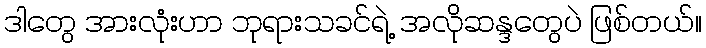
ဒါတွေ အားလုံးဟာ ဘုရားသခင်ရဲ့ အလိုဆန္ဒတွေပဲ ဖြစ်တယ်။